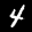
Label: 4